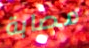
مصابة